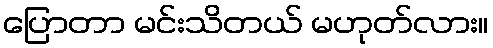
ပြောတာ မင်းသိတယ် မဟုတ်လား။